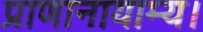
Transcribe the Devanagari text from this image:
प्राणानायाम्य।